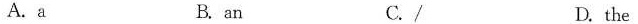
A.a B. an C./ D. the